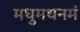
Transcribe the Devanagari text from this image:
मधुमथनमं